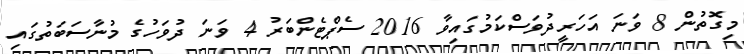
މިގޮތުން 8 ވަނަ އަހަރީދުވަސްކަމުގައިވާ 2016 ސެޕްޓެންބަރު 4 ވަނަ ދުވަހުގެ މުނާސަބަތުގައި